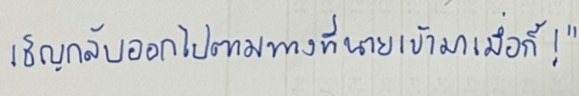
เชิญกลับออกไปตามทางที่นายเข้ามาเมื่อกี้!"